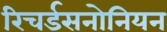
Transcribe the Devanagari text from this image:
रिचर्डसनोनियन